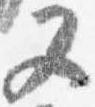
又